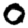
Digit: 0